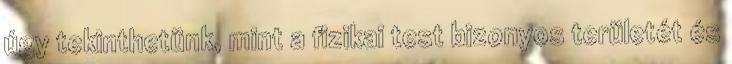
úgy tekinthetünk, mint a fizikai test bizonyos területét és